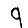
Digit: 9